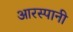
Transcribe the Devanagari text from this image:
आरस्पानी